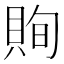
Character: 𧵣